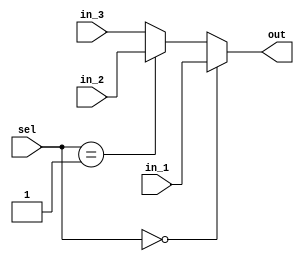
module mux3_1(
input  wire [31:0]in_1, 
input  wire [31:0]in_2,
input  wire [31:0]in_3,
input  wire [1:0] sel,
output wire [31:0]out);
  
assign out = (sel == 2'b00)? in_1 :
              (sel == 2'b01)? in_2:in_3 ;
  
  
endmodule